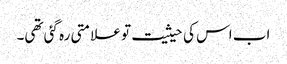
اب اس کی حیثیت تو علامتی رہ گئی تھی۔